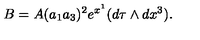
B = A ( a _ { 1 } a _ { 3 } ) ^ { 2 } e ^ { x ^ { 1 } } ( d \tau \wedge d x ^ { 3 } ) .